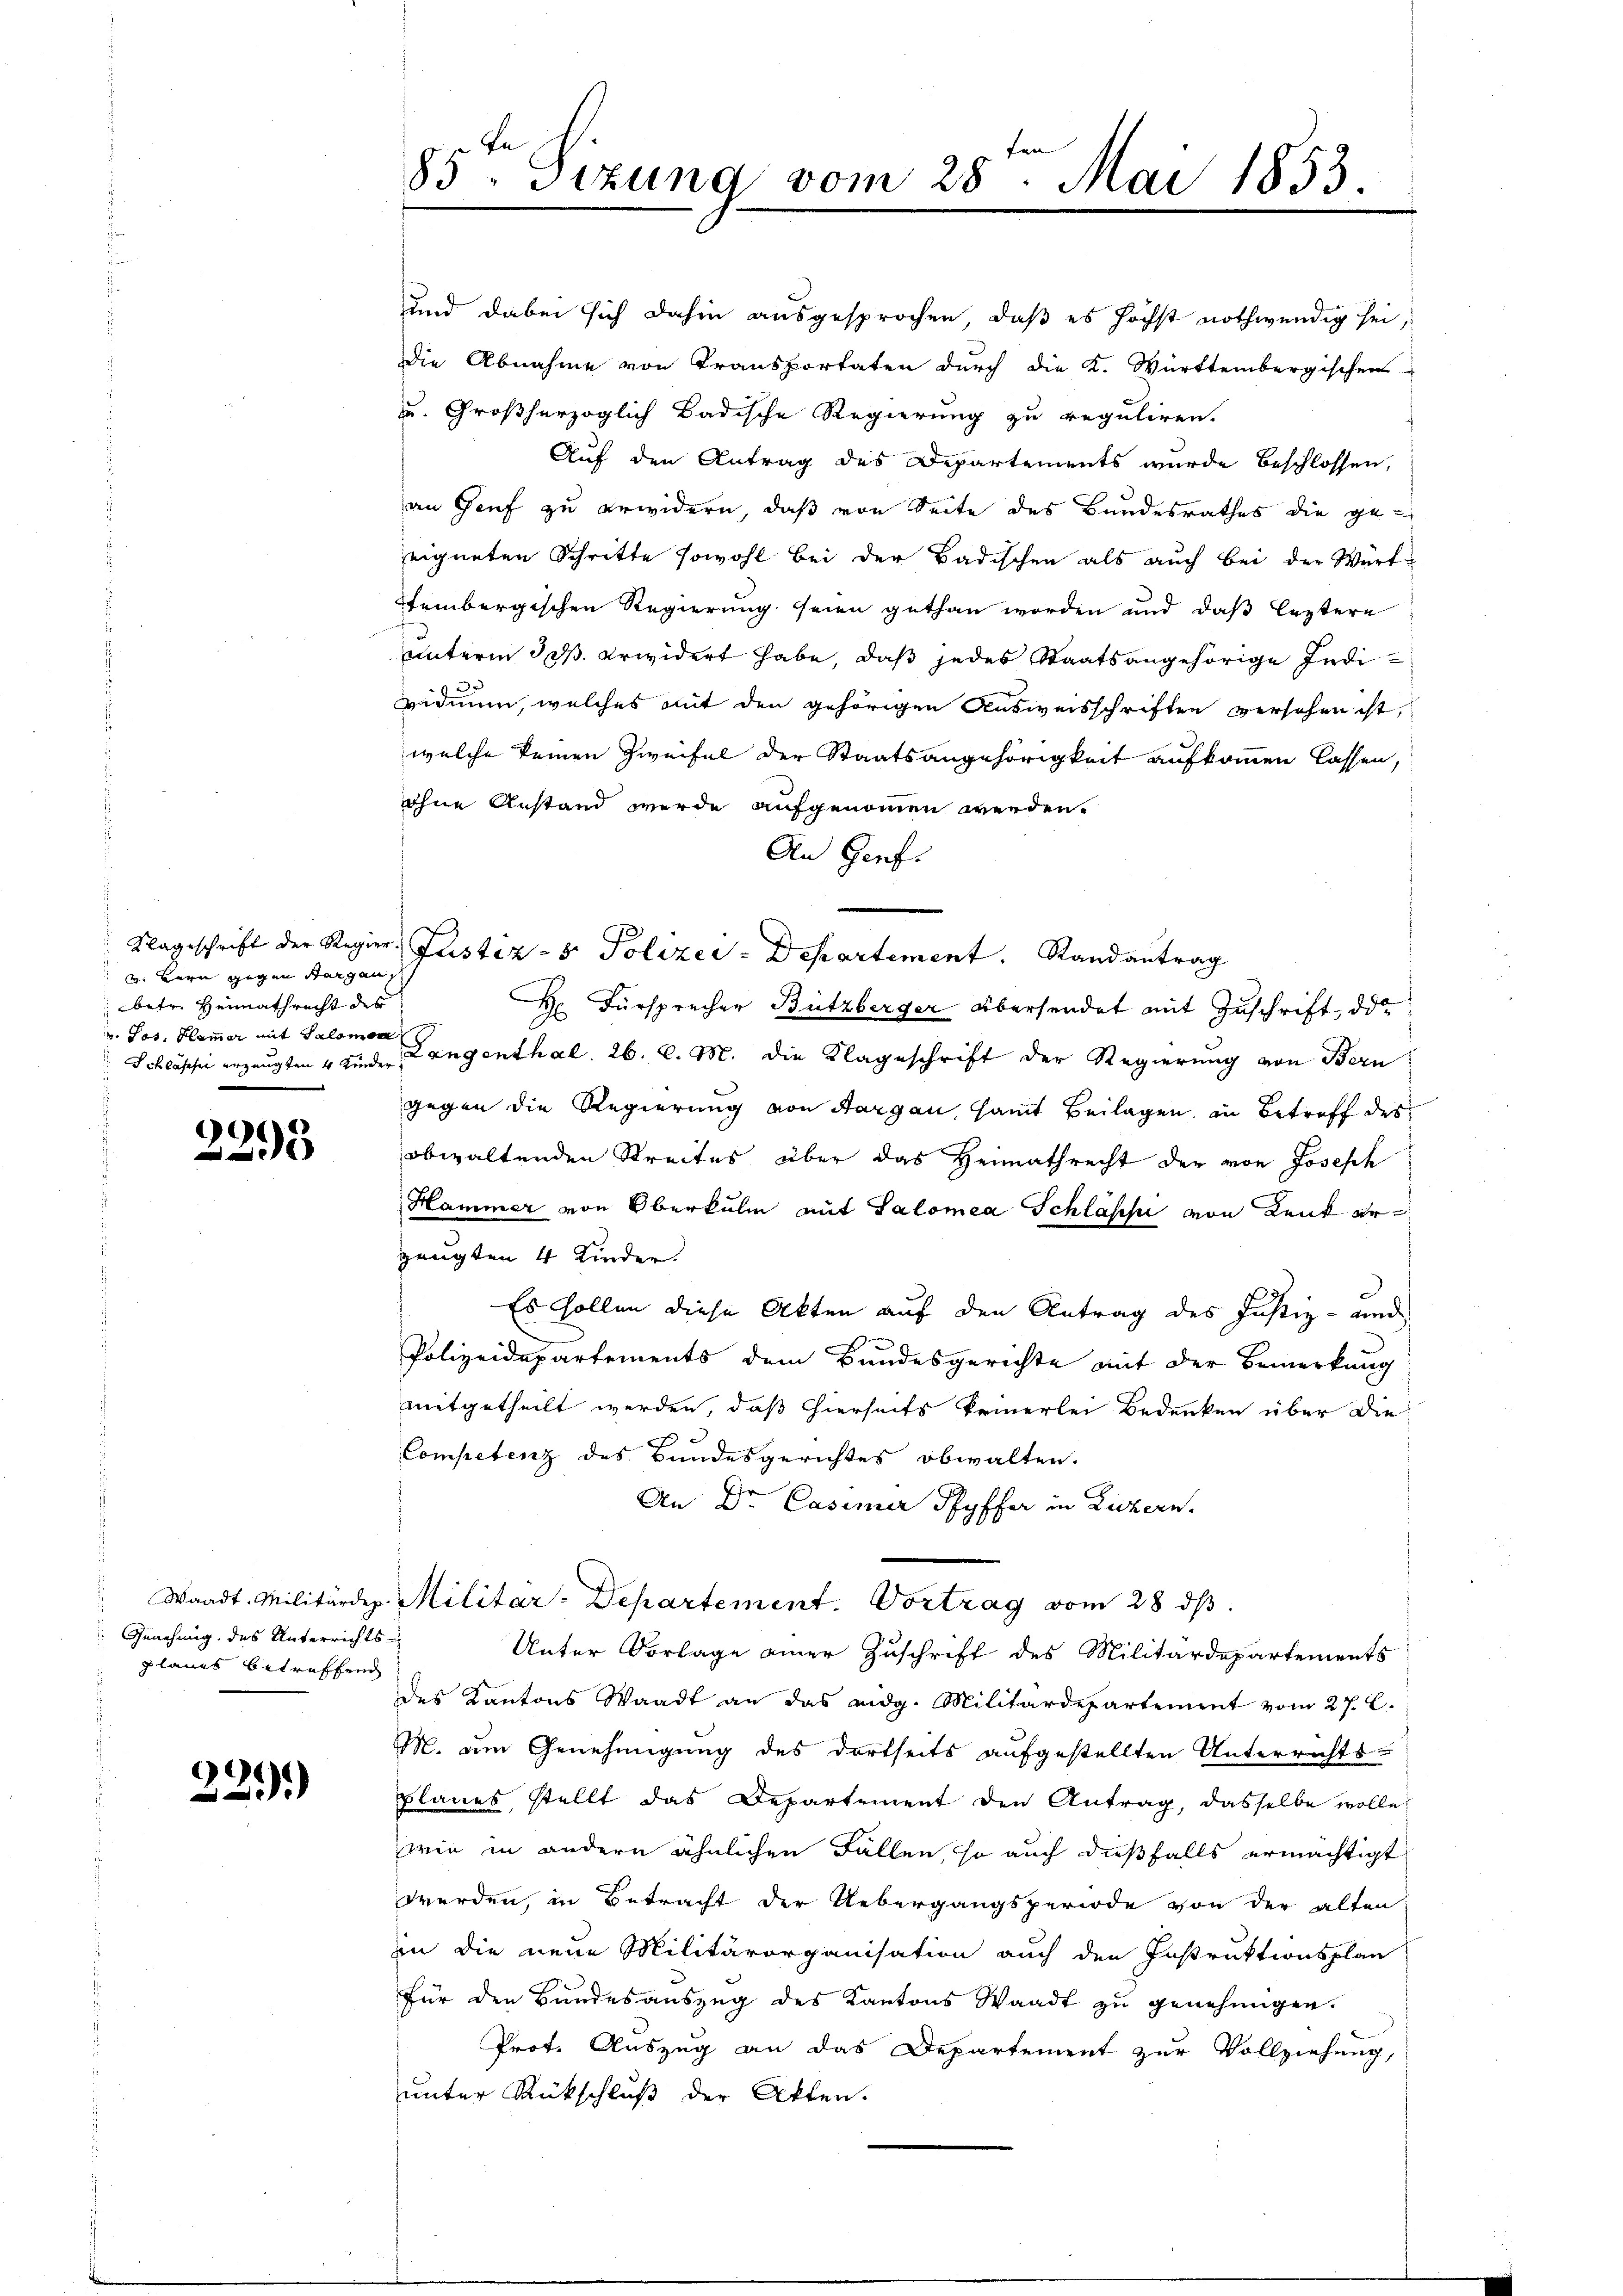
v. Bern gegen Sargau
betr. Heimathrecht des
u Jos. Klammer mit Salomon

2293

Genehmig des Unterrichts-
planes betreffend

229.

85. Sizung vom 28. Mai 1853.

und dabei sich dahin ausgesprochen, daß es höchst nothwendig sei,
Die Abnahme von Transportaten durch die K. Württembergischen
u. Großherzoglich Badische Regierung zu reguliren.
Auf den Antrag des Departements wurde beschlossen,
an Genf zu erwidern, daß von Seite des Bundesrathes die ge
eigneten Schritte sowohl bei der Badischen als auch bei der Würt
tembergischen Regierung seien gethan worden und daß leztere
unterm 30. erwidert habe, daß jedes Staatsangehörige Individmun, welches mit den gehörigen Ausweisschriften versehen ist,
welche keinen Zweifel der Staatsangehörigkeit aufkommen lassen,
ohne Anstand wurde aufgenommen werden.
An Genf.
Klageschrift der Regier Justiz- & Polizei-Departement. Randantrag
H. Fürsprecher Bützberger übersendet mit Zuschrift, da
Schlösser erzeugten 4 Kinder Langenthal. 26. d. M. die Klageschrift der Regierung von Bern
gegen die Regierung von Aargau, samt Beilagen, in Betreff des
obwaltenden Streites über das Heimathrecht der von Joseph
Hammer von Oberkulm mit Salomea Schlässe von Lenk erzeugten 4 Kinder.
Es sollen diese Akten auf den Antrag des Justiz- und
s
Polizeidepartements dem Bundesgerichte mit der Bemerkung
mitgetheilt werden, daß hierseits keinerlei Bedenken über die
Competenz des Bundesgerichtes obwalten.
An Dr. Casimir Pfyffer in Luzern.
Waadt. Militärdep. Militar-Departement. Vortrag vom 28. dβ.
Unter Vorlage einer Zuschrift des Militärdepartements
des Kantons Waadt an das eidg. Militärdepartement vom 27. C.
M. um Genehmigung des dortseits aufgestellten Unterrichts-
planes, stellt das Departement den Antrag, dasselbe wolle,
wie in andern ähnlichen Fällen, so auch dießfalls ermächtigt
werden, in Betracht der Uebergangsperiode von der alten
in die neue Militärorganisation auch den Instruktionsplan
für den Bundesauszug des Kantons Waadt zu genehmigen.
Prof. Auszug an das Departement zur Vollziehung,
unter Rückschluß der Akten.